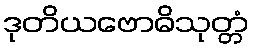
ဒုတိယဗောဓိသုတ္တံ